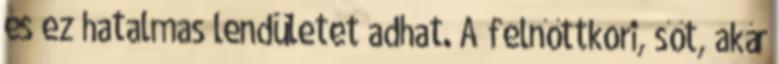
és ez hatalmas lendületet adhat. A felnőttkori, sőt, akár